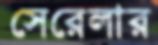
সেরেলার